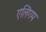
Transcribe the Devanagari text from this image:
एलिंगम